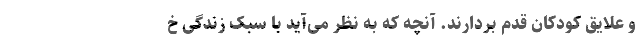
و علایق‌ کودکان قدم بردارند. آنچه که به نظر می‌آید با سبک زندگی خ